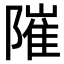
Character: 𨻵